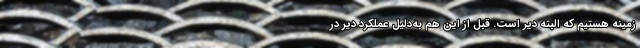
زمینه هستیم که البته دیر است. قبل از این هم به‌دلیل عملکرد دیر در